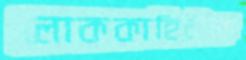
লোককাহিনীকে